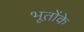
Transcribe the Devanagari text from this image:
भूतोंके